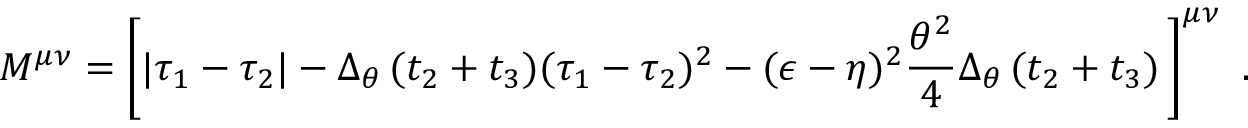
M ^ { \mu \nu } = \left[ \vert \tau _ { 1 } - \tau _ { 2 } \vert - \Delta _ { \theta } \, ( t _ { 2 } + t _ { 3 } ) ( \tau _ { 1 } - \tau _ { 2 } ) ^ { 2 } - ( \epsilon - \eta ) ^ { 2 } { \frac { \theta ^ { 2 } } { 4 } } \Delta _ { \theta } \, ( t _ { 2 } + t _ { 3 } ) \, \right] ^ { \mu \nu } \ .